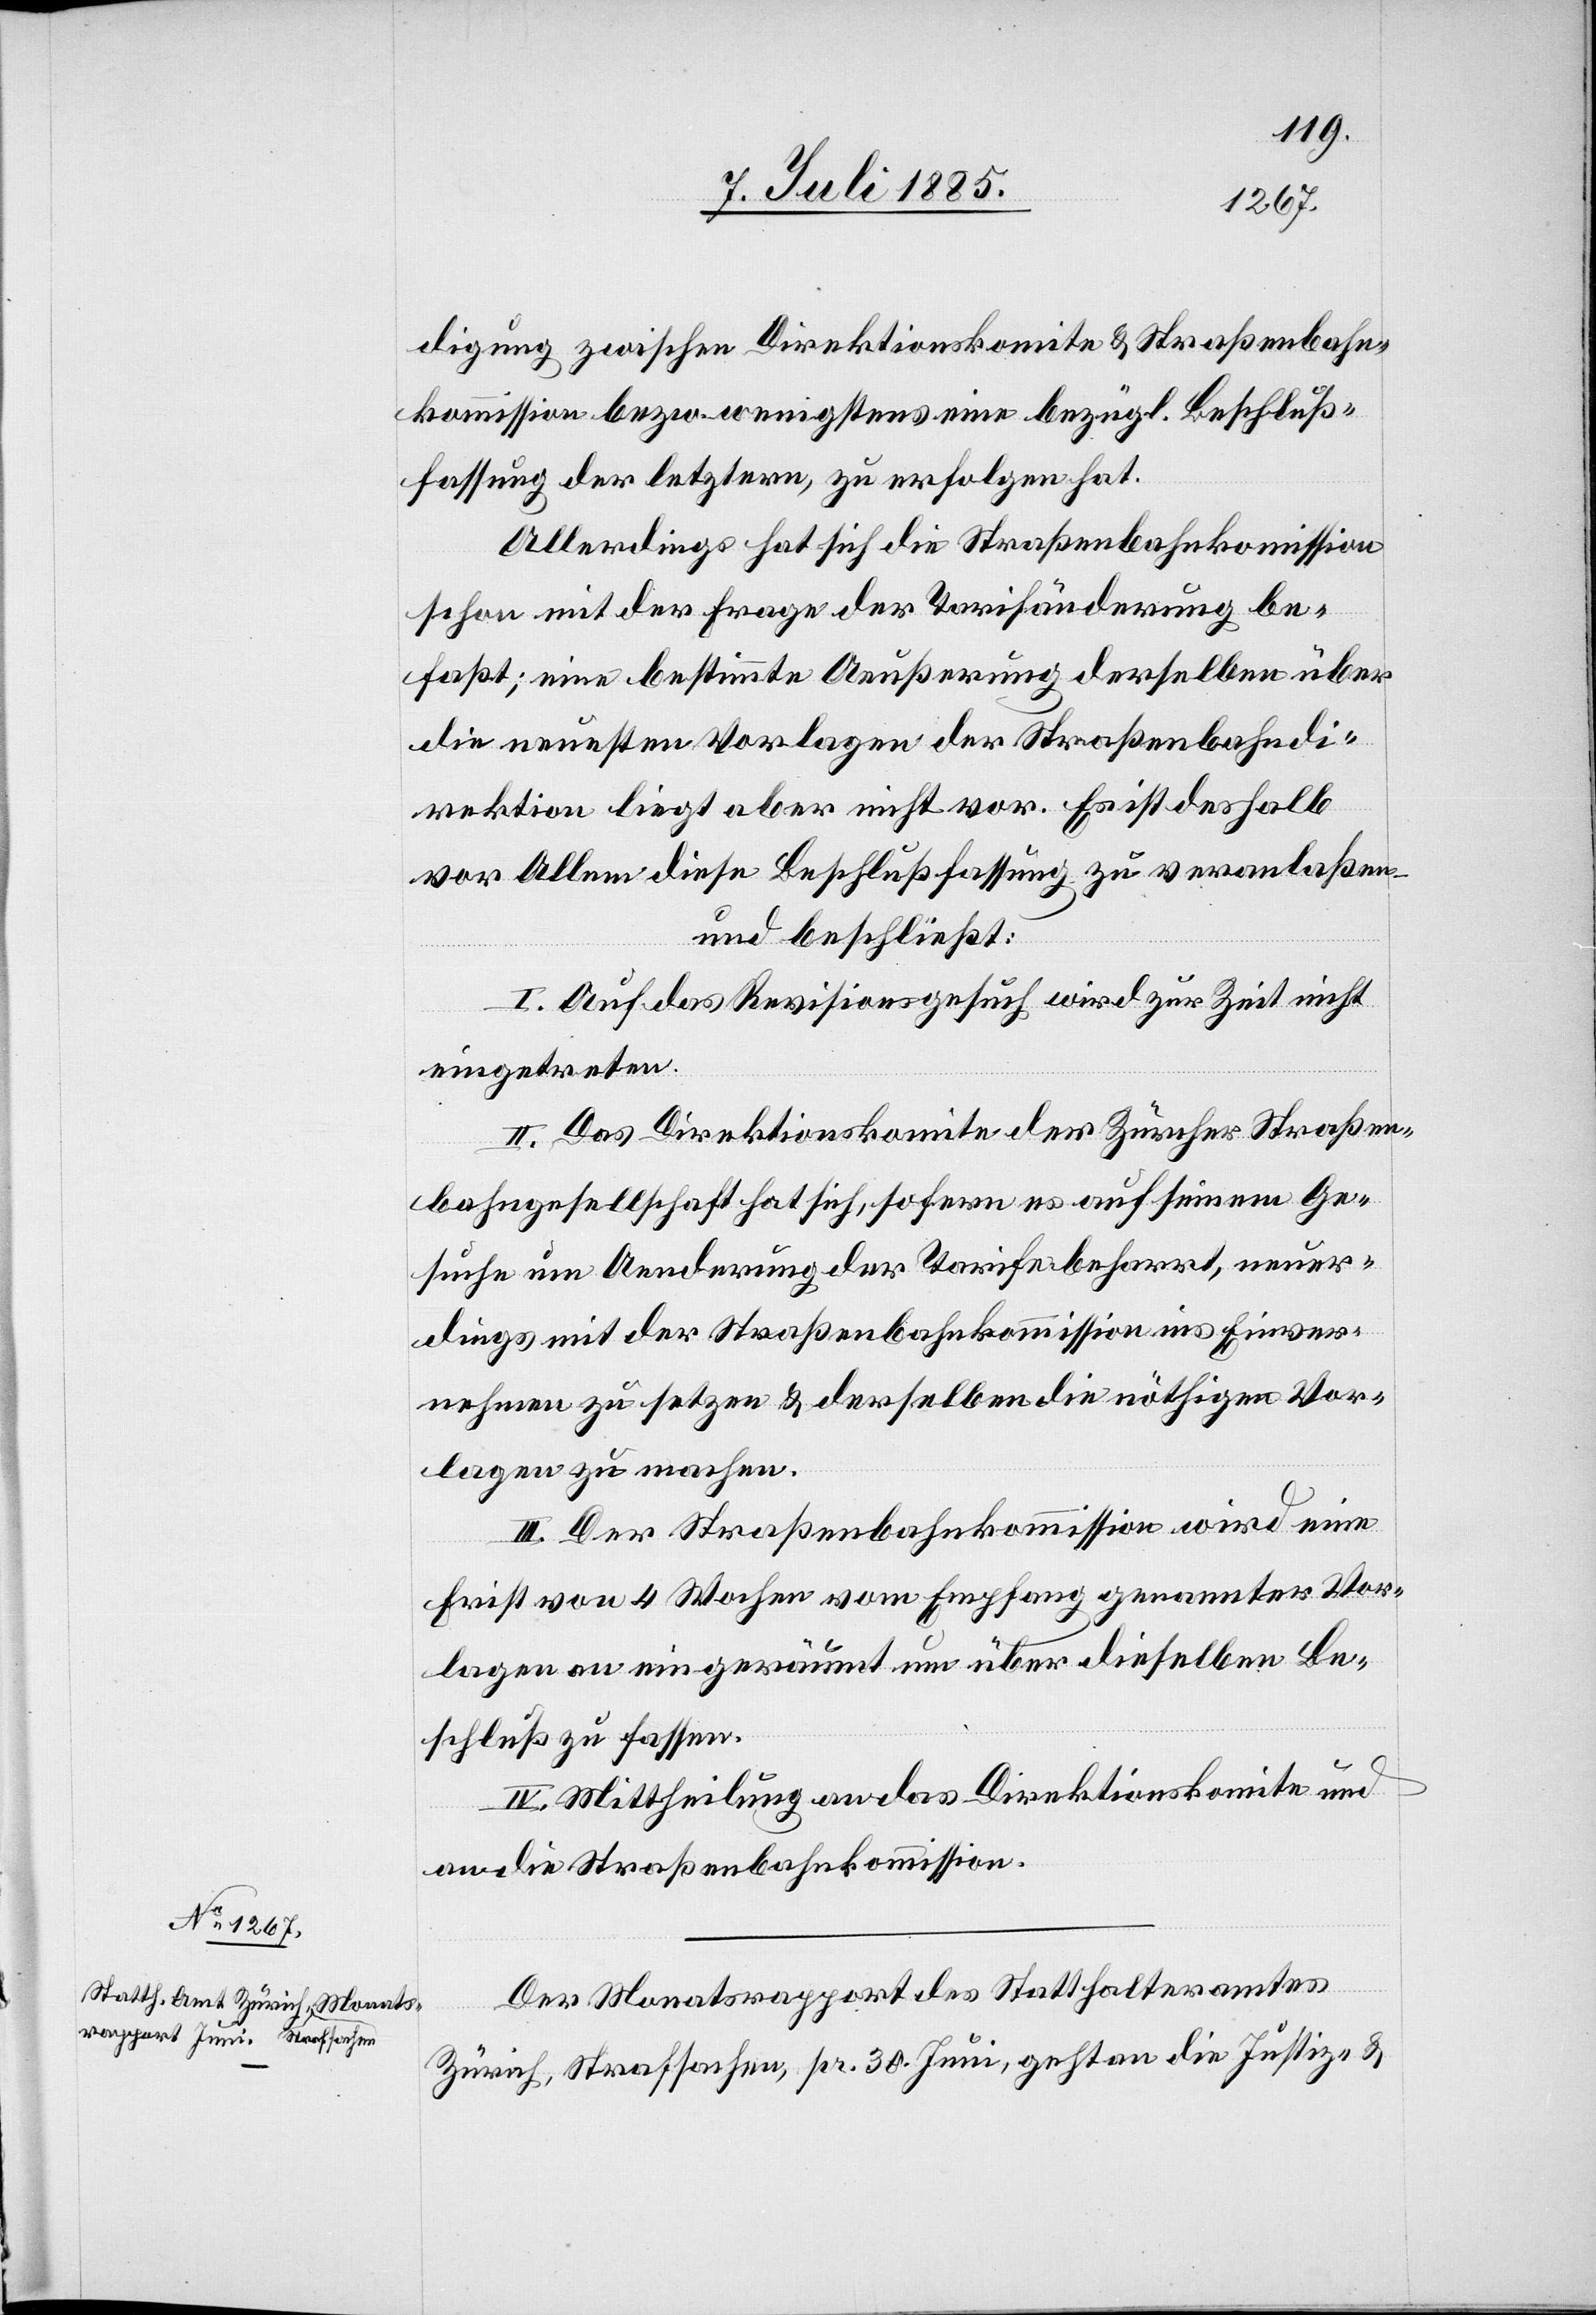
digung zwischen Direktionskomite & Straßenbahn¬
kommission bezw. wenigstens eine bezügl. Beschluß¬
fassung der letztern zu erfolgen hat.
Allerdings hat sich die Straßenbahnkommission
schon mit der Frage der Tarifänderung be¬
faßt; eine bestimmte Aeußerung derselben über
die neuesten Vorlagen der Straßenbahndi¬
rektion liegt aber nicht vor. Es ist deshalb
vor Allem diese Beschlußfassung zu veranlaßen
und beschließt:
I. Auf das Revisionsgesuch wird zur Zeit nicht
eingetreten.
II. Das Direktionskomite der Zürcher Straßen¬
bahngesellschaft hat sich, sofern es auf seinem Ge¬
suche um Aenderung der Tarife beharrt, neuer¬
dings mit der Straßenbahnkommission ins Einver¬
nehmen zu setzen & derselben die nöthigen Vor¬
lagen zu machen.
III. Der Straßenbahnkommission wird eine
Frist von 4 Wochen vom Empfang genannter Vor¬
lagen an eingeräumt um über dieselben Be¬
schluß zu fassen.
IV. Mittheilung an das Direktionskomite und
an die Straßenbahnkommission.
Der Monatsrapport des Statthalteramtes
Zürich, Strafsachen, pr. 30. Juni, geht an die Justiz- &